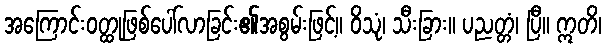
အကြောင်းဝတ္ထုဖြစ်ပေါ်လာခြင်း၏အစွမ်းဖြင့်။ ဝိသုံ၊ သီးခြား။ ပညတ္တံ၊ ပြီ။ ဣတိ၊